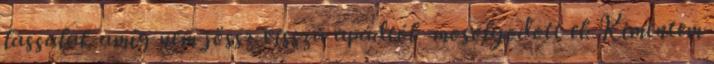
lássalak amíg nem jössz vissza apádtól -mosolyodott el. Kimentem